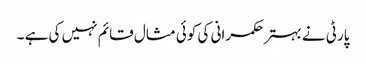
پارٹی نے بہتر حکمرانی کی کوئی مثال قائم نہیں کی ہے ۔